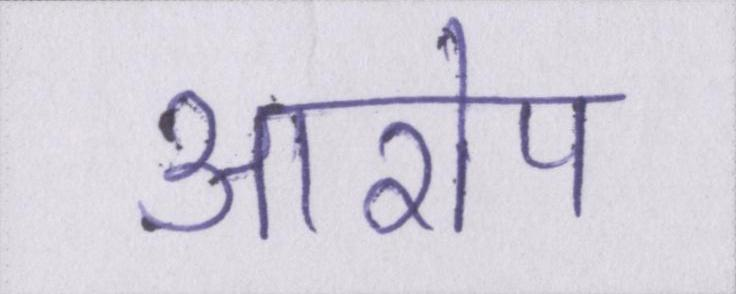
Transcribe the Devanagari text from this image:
आरोप